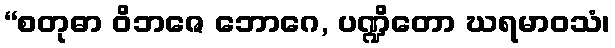
“စတုဓာ ဝိဘဇေ ဘောဂေ, ပဏ္ဍိတော ဃရမာဝသံ၊